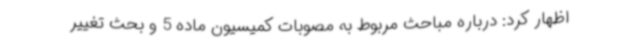
اظهار کرد: درباره مباحث مربوط به مصوبات کمیسیون ماده 5 و بحث تغییر